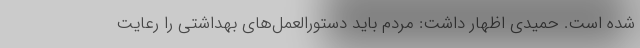
شده است. حمیدی اظهار داشت: مردم باید دستورالعمل‌های بهداشتی را رعایت